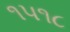
૧૫૧૮